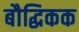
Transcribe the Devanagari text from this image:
बौद्धिकक